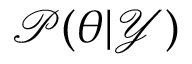
\mathcal { P } ( \boldsymbol { \theta } | \mathcal { Y } )